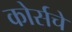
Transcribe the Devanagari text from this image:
कोर्सचे